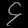
Digit: ၄